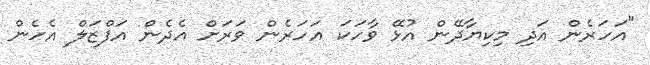
"އަހަރެން އަދި މިކިޔާދޭން އުޅޭ ވާހަކަ އަހަރެން ވަރަށް އެދެން އަފްޒަލް އެހެން